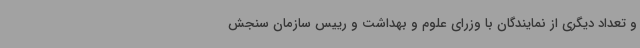
و تعداد دیگری از نمایندگان با وزرای علوم و بهداشت و رییس سازمان سنجش